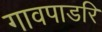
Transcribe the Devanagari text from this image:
गावपाडरि